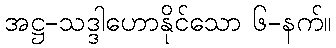
အဋ္ဌ-သဒ္ဒါဟောနိုင်သော ၆-နက်။